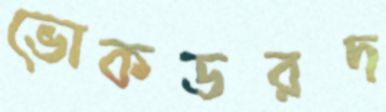
ভোকডরদ